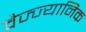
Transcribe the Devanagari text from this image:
वैज्ज्यानिक